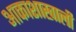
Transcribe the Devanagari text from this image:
आकाशाखाली